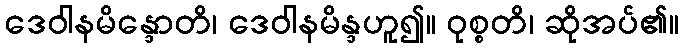
ဒေဝါနမိန္ဒောတိ၊ ဒေဝါနမိန္ဒဟူ၍။ ဝုစ္စတိ၊ ဆိုအပ်၏။